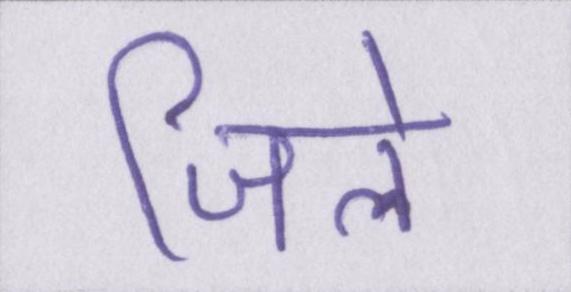
जिले